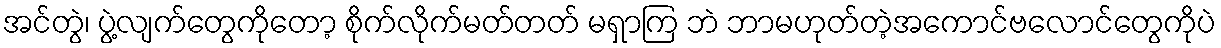
အင်တွဲ၊ ပွဲ့လျက်တွေကိုတော့ စိုက်လိုက်မတ်တတ် မရှာကြ ဘဲ ဘာမဟုတ်တဲ့အကောင်ဗလောင်တွေကိုပဲ